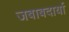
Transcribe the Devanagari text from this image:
जबाबदार्या